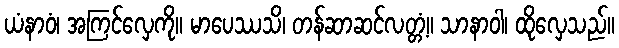
ယံနာဝံ၊ အကြင်လှေကို။ မာပေဿသိ၊ တန်ဆာဆင်လတ္တံ့။ သာနာဝါ၊ ထိုလှေသည်။